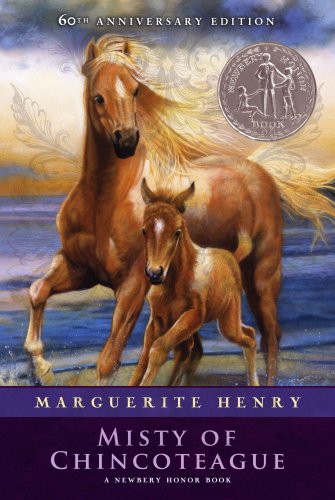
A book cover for Misty of Chincoteague; Marguerite Henry; Children's Books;